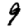
Digit: 9